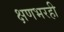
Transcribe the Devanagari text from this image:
क्षणभरही